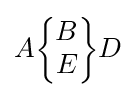
A{\begin{Bmatrix}B\\E\end{Bmatrix}}D